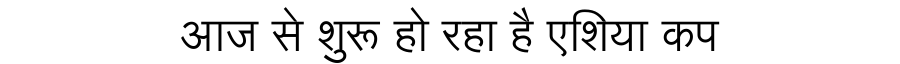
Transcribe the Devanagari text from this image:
आज से शुरू हो रहा है एशिया कप